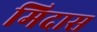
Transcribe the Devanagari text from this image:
मिदास